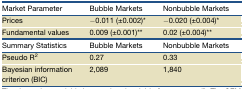
<table><thead><tr><td><b>Market Parameter</b></td><td><b>Bubble Markets</b></td><td><b>Nonbubble Markets</b></td></tr></thead><tbody><tr><td>Prices</td><td>−0.011 (±0.002)<sup>∗</sup></td><td>−0.020 (±0.004)<sup>∗</sup></td></tr><tr><td>Fundamental values</td><td>0.009 (±0.001)<sup>∗∗</sup></td><td>0.02 (±0.004)<sup>∗∗</sup></td></tr><tr><td>Summary Statistics</td><td>Bubble Markets</td><td>Nonbubble Markets</td></tr><tr><td>Pseudo R<sup>2</sup></td><td>0.27</td><td>0.33</td></tr><tr><td>Bayesian information criterion (BIC)</td><td>2,089</td><td>1,840</td></tr></tbody></table>